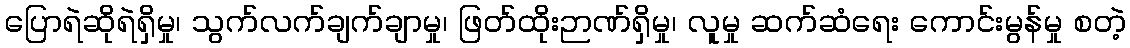
ပြောရဲဆိုရဲရှိမှု၊ သွက်လက်ချက်ချာမှု၊ ဖြတ်ထိုးဉာဏ်ရှိမှု၊ လူမှု ဆက်ဆံရေး ကောင်းမွန်မှု စတဲ့